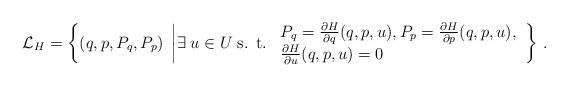
LaTeX: \begin{align*}{\mathcal L}_H= \left\{(q, p, P_q, P_p)\;\left| \exists \; u\in U \; \mbox{s. t. } \begin{array}{l} P_q=\frac{\partial H}{\partial q}(q,p,u), P_p=\frac{\partial H}{\partial p}(q,p,u), \\ \frac{\partial H}{\partial u}(q,p,u)=0\, \end{array}\right.\right\}\, .\end{align*}